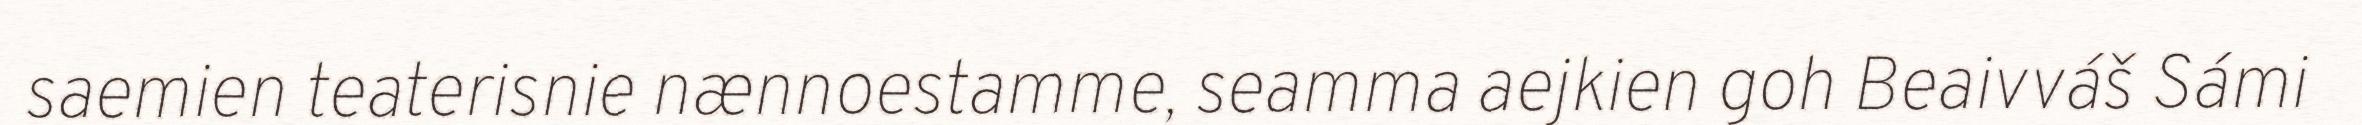
saemien teaterisnie nænnoestamme, seamma aejkien goh Beaivváš Sámi